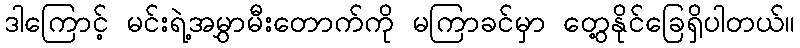
ဒါကြောင့် မင်းရဲ့အမွှာမီးတောက်ကို မကြာခင်မှာ တွေ့နိုင်ခြေရှိပါတယ်။